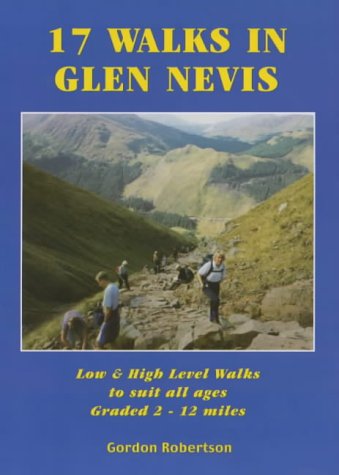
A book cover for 17 Walks in Glen Nevis; G.M. Robertson; Travel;